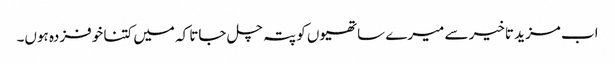
اب مزید تاخیر سے میرے ساتھیوں کو پتہ چل جاتا کہ میں کتنا خوفزدہ ہوں۔